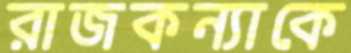
রাজকন্যাকে